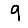
Digit: 9